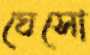
ঘেসো